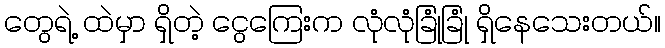
တွေရဲ့ ထဲမှာ ရှိတဲ့ ငွေကြေးက လုံလုံခြုံခြုံ ရှိနေသေးတယ်။